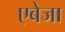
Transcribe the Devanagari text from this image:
एबेजा